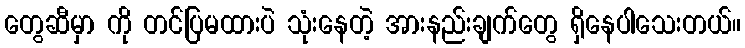
တွေဆီမှာ ကို တင်ပြမထားပဲ သုံးနေတဲ့ အားနည်းချက်တွေ ရှိနေပါသေးတယ်။